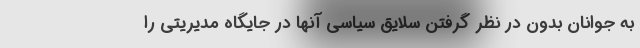
به جوانان بدون در نظر گرفتن سلایق سیاسی آنها در جایگاه مدیریتی را